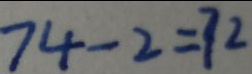
7 4 - 2 = 7 2